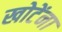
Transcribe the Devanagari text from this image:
खोटेंना